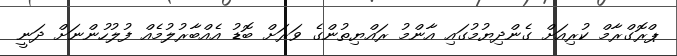
ޕްރޮގްރާމް ކުރިއަށް ގެންދިޔުމުގައި އާންމު ރައްޔިތުންގެ ވަރަށް ބޮޑު އެއްބާރުލުމެއް ފުލުހުންނަށް ދަނީ